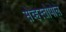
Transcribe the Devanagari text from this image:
सेव्हस्तोपोल